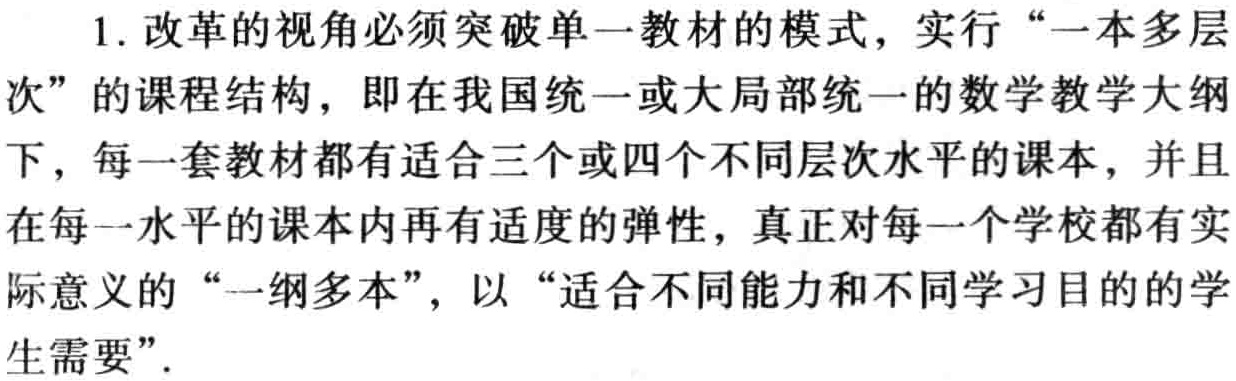
1. 改革的视角必须突破单一教材的模式，实行“一本多层次”的课程结构，即在我国统一或大局部统一的数学教学大纲下，每一套教材都有适合三个或四个不同层次水平的课本，并且在每一水平的课本内再有适度的弹性，真正对每一个学校都有实际意义的“一纲多本”，以“适合不同能力和不同学习目的的学生需要”.